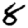
Digit: 8